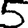
Digit: 5